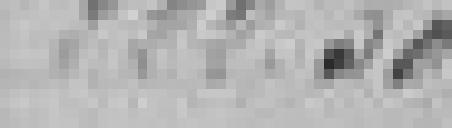
222,30